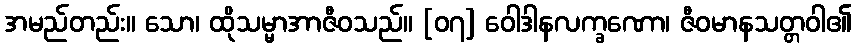
အမည်တည်း။ သော၊ ထိုသမ္မာအာဇီဝသည်။ [၀၇] ဝေါဒါနလက္ခဏော၊ ဇီဝမာနသတ္တဝါ၏